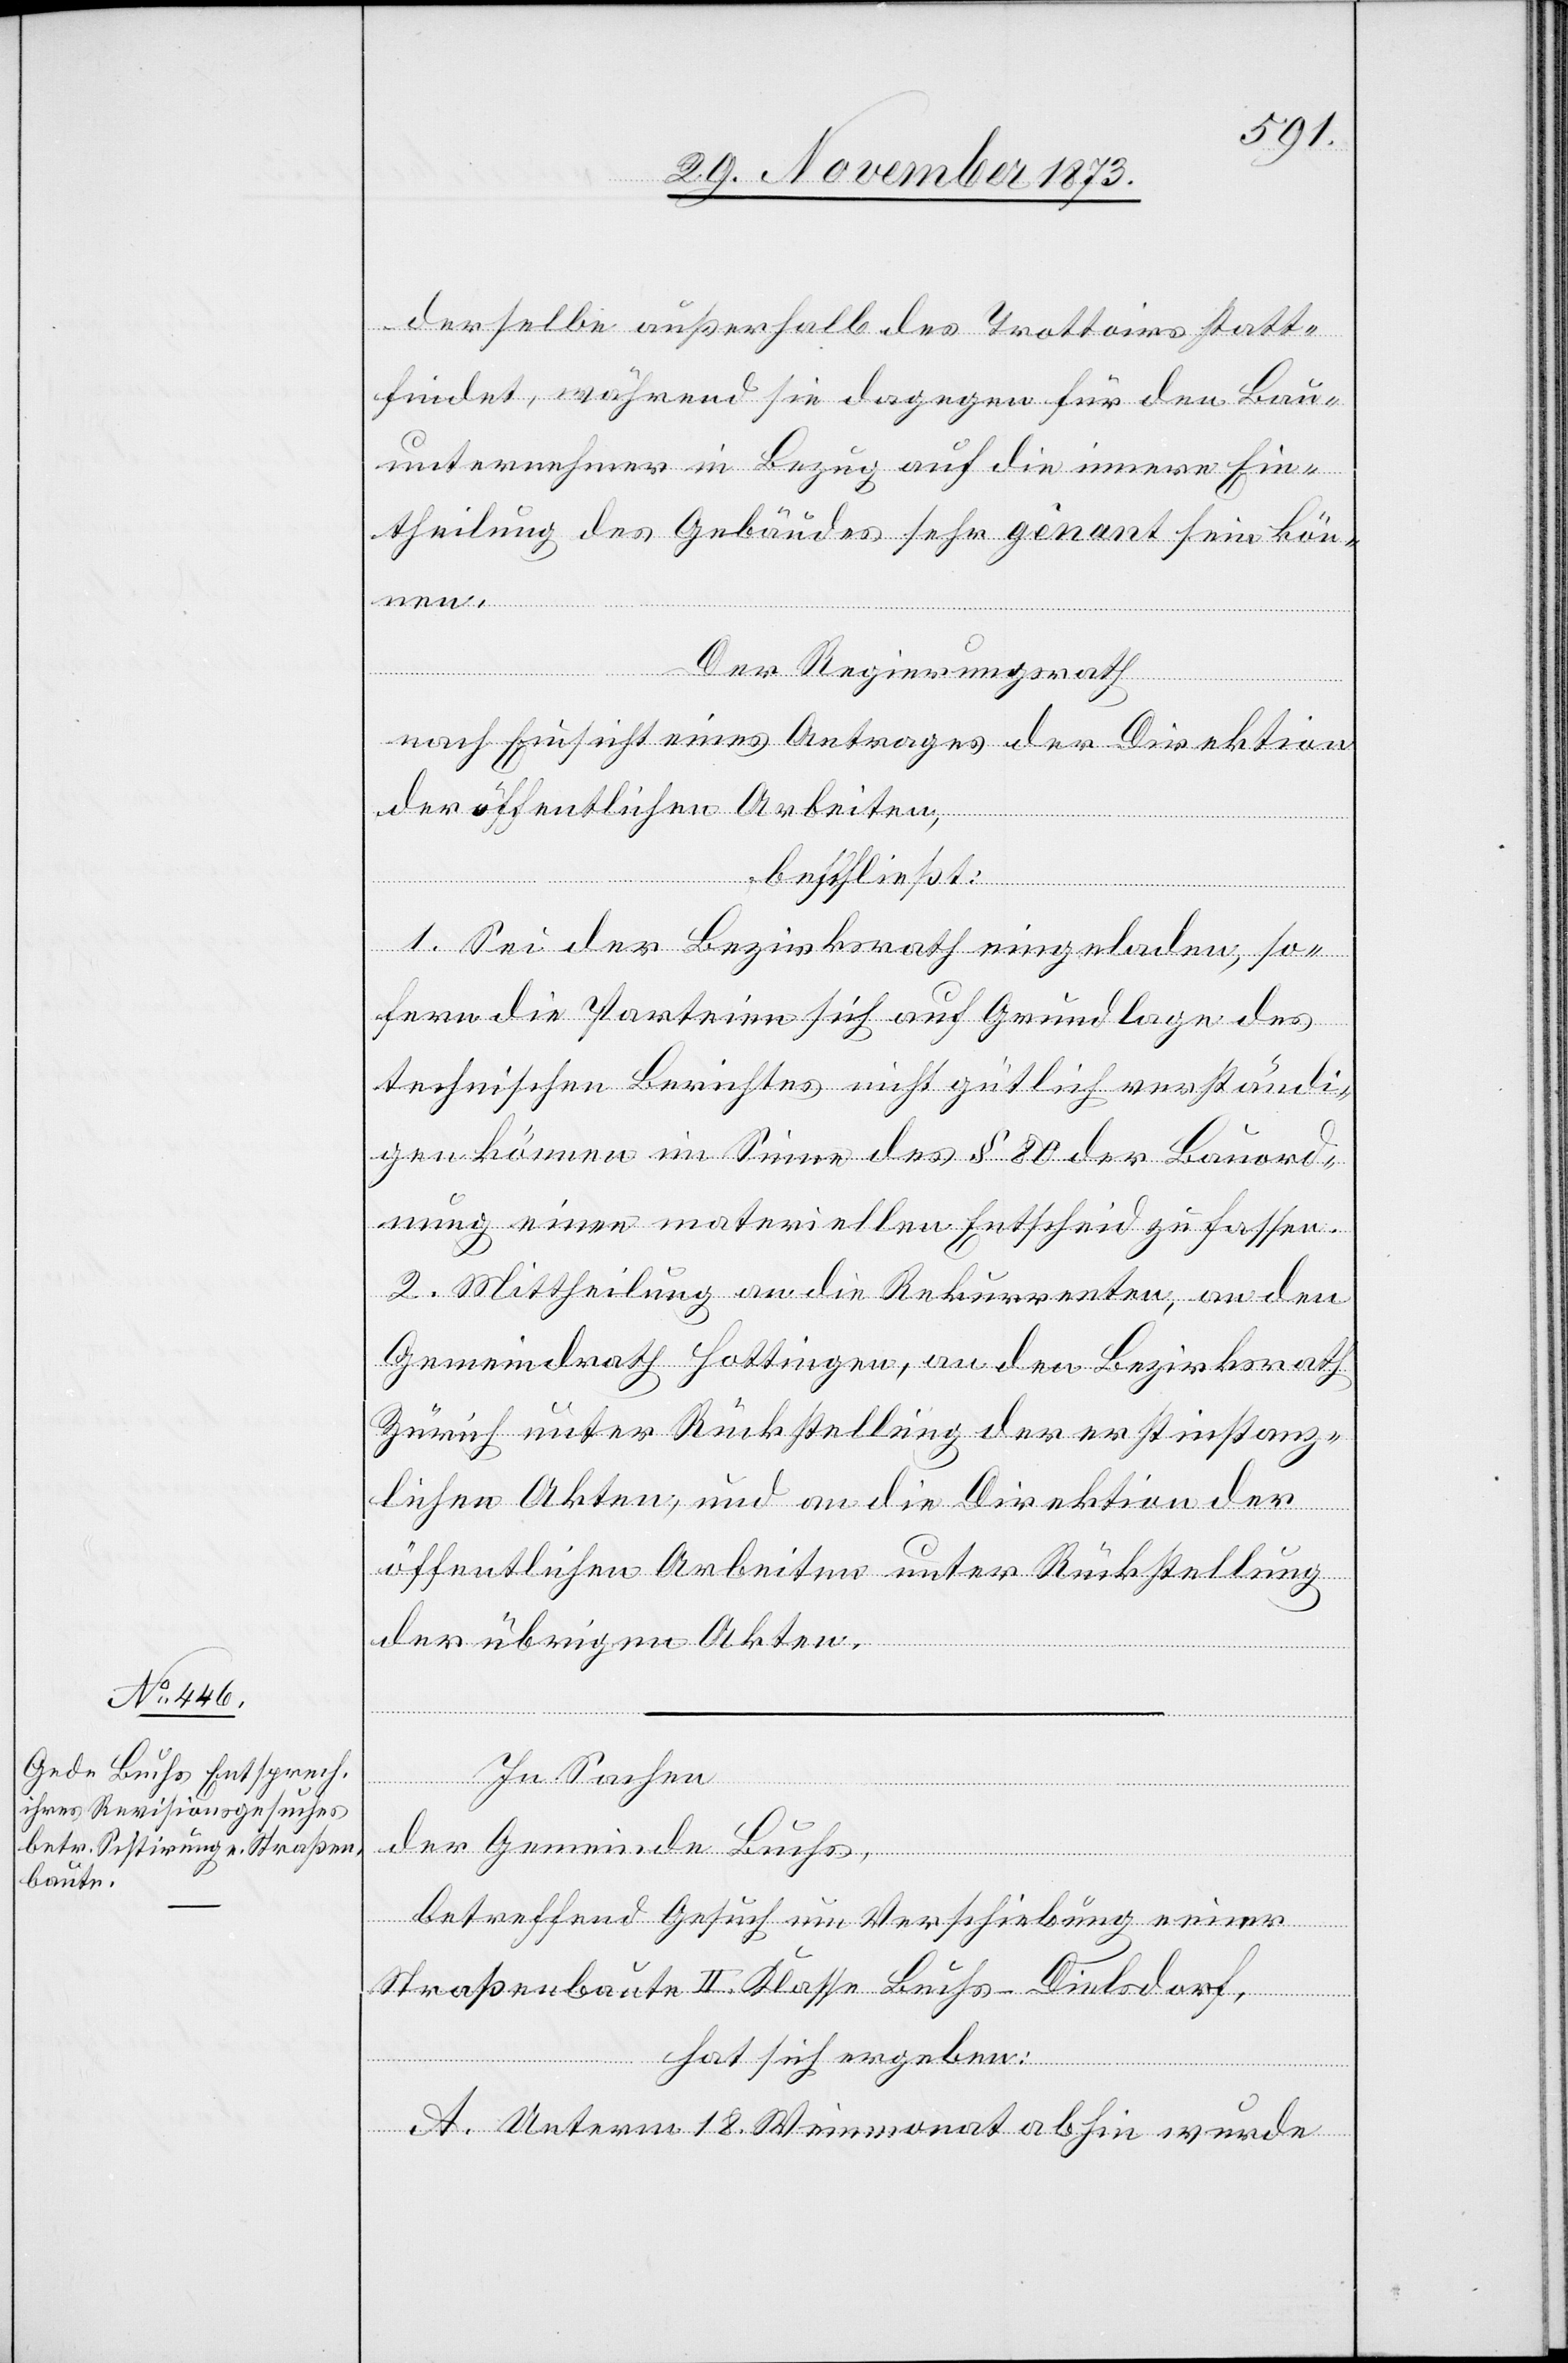
derselbe außerhalb des Trottoirs statt¬
findet, während sie dagegen für den Bau¬
unternehmer in Bezug auf die innere Ein¬
theilung des Gebäudes sehr gênant sein kön¬
[recte:
Der Regierungsrath
nach Einsicht eines Antrages der Direktion
der öffentlichen Arbeiten,
beschließt:
1. Sei der Bezirksrath eingeladen, so¬
fern die Parteien sich auf Grundlage des
technischen Berichtes nicht gütlich verständi¬
gen können im Sinne des § 80 der Bauord¬
nung einen materiellen Entscheid zu fassen.
2. Mittheilung an die Rekurrenten, an den
Gemeindrath Hottingen, an den Bezirksrath
Zürich unter Rückstellung der erstinstanz¬
lichen Akten, und an die Direktion der
öffentlichen Arbeiten unter Rückstellung
der übrigen Akten.
In Sachen
der Gemeinde Buchs,
betreffend Gesuch um Verschiebung eimer
Straßenbaute II. Klasse Buchs–Dielsdorf,
hat sich ergeben:
einer]
A. Unterm 18. Weinmonat abhin wurde